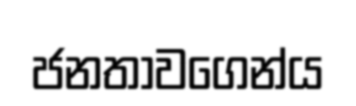
ජනතාවගෙන්ය